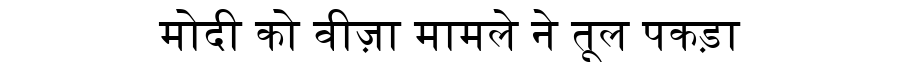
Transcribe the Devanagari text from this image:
मोदी को वीज़ा मामले ने तूल पकड़ा